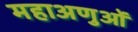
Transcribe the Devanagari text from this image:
महाअणुओं